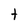
Character: t